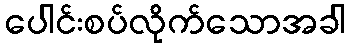
ပေါင်းစပ်လိုက်သောအခါ